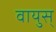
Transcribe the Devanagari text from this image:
वायुस्